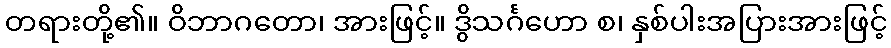
တရားတို့၏။ ဝိဘာဂတော၊ အားဖြင့်။ ဒွိသင်္ဂဟော စ၊ နှစ်ပါးအပြားအားဖြင့်